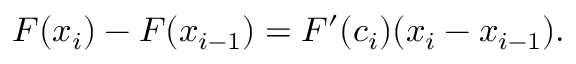
F ( x _ { i } ) - F ( x _ { i - 1 } ) = F ^ { \prime } ( c _ { i } ) ( x _ { i } - x _ { i - 1 } ) .